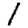
Digit: 1